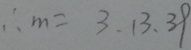
\therefore m = 3 , 1 3 , 3 9